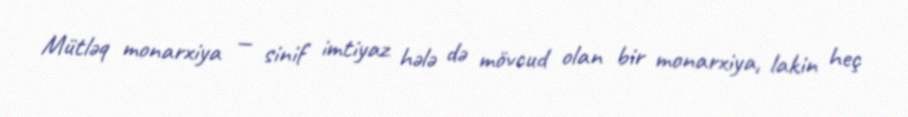
Mütləq monarxiya — sinif imtiyaz hələ də mövcud olan bir monarxiya, lakin heç